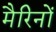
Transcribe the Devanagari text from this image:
मैरिनों